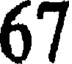
67